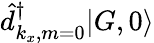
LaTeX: \hat{d}_{k_{x},m=0}^{\dagger}|G,0\rangle